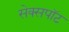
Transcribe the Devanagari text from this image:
सेक्सपॉट